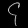
Digit: ၄